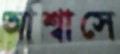
আশ্বাসে